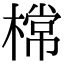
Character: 𣙟